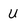
Character: U